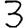
Digit: 3